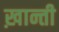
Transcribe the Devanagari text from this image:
ख़ान्ती